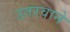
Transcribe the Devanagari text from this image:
उतरवाने